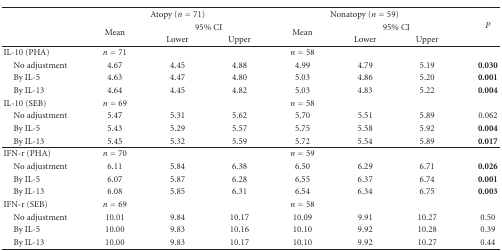
|  | <COLSPAN=3> Atopy (n = 71) | <COLSPAN=3> Nonatopy (n = 59) | <ROWSPAN=3> P |
 |  | <ROWSPAN=2> Mean | <COLSPAN=2> 95% CI | <ROWSPAN=2> Mean | <COLSPAN=2> 95% CI |
 |  | Lower | Upper | Lower | Upper |
 | --- | --- | --- | --- | --- | --- | --- | --- |
 | <ROWSPAN=2> IL-10 (PHA) |  |  |  |  |  |  |  |
 | n = 71 |  |  | n = 58 |  |  |  |
 | No adjustment | 4.67 | 4.45 | 4.88 | 4.99 | 4.79 | 5.19 | 0.030 |
 | By IL-5 | 4.63 | 4.47 | 4.80 | 5.03 | 4.86 | 5.20 | 0.001 |
 | By IL-13 | 4.64 | 4.45 | 4.82 | 5.03 | 4.83 | 5.22 | 0.004 |
 | IL-10 (SEB) | n = 69 |  |  | n = 58 |  |  |  |
 | No adjustment | 5.47 | 5.31 | 5.62 | 5.70 | 5.51 | 5.89 | 0.062 |
 | By IL-5 | 5.43 | 5.29 | 5.57 | 5.75 | 5.58 | 5.92 | 0.004 |
 | By IL-13 | 5.45 | 5.32 | 5.59 | 5.72 | 5.54 | 5.89 | 0.017 |
 | <ROWSPAN=2> IFN-r (PHA) |  |  |  |  |  |  |  |
 | n = 70 |  |  | n = 59 |  |  |  |
 | No adjustment | 6.11 | 5.84 | 6.38 | 6.50 | 6.29 | 6.71 | 0.026 |
 | By IL-5 | 6.07 | 5.87 | 6.28 | 6.55 | 6.37 | 6.74 | 0.001 |
 | By IL-13 | 6.08 | 5.85 | 6.31 | 6.54 | 6.34 | 6.75 | 0.003 |
 | IFN-r (SEB) | n = 69 |  |  | n = 58 |  |  |  |
 | No adjustment | 10.01 | 9.84 | 10.17 | 10.09 | 9.91 | 10.27 | 0.50 |
 | By IL-5 | 10.00 | 9.83 | 10.16 | 10.10 | 9.92 | 10.28 | 0.39 |
 | By IL-13 | 10.00 | 9.83 | 10.17 | 10.10 | 9.92 | 10.27 | 0.44 |